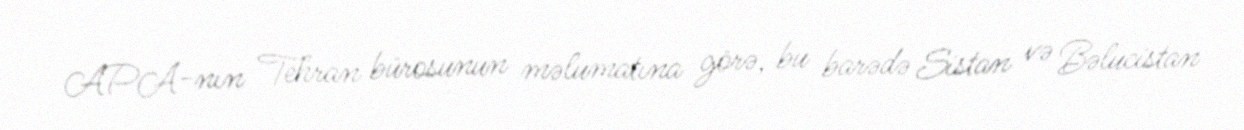
APA-nın Tehran bürosunun məlumatına görə, bu barədə Sistan və Bəlucistan